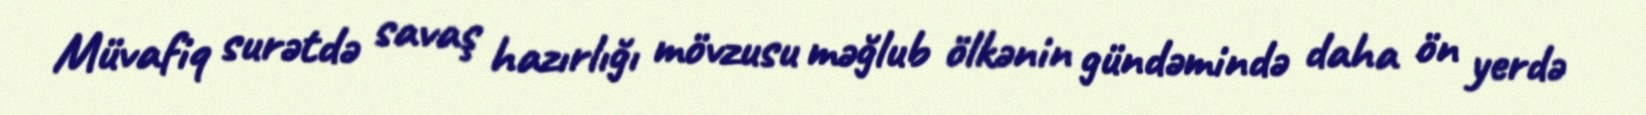
Müvafiq surətdə savaş hazırlığı mövzusu məğlub ölkənin gündəmində daha ön yerdə